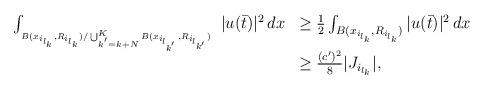
LaTeX: \begin{align*}\begin{array}{ll}\int_{_{B(x_{i_{l_{k}}}, R_{i_{l_k}}) / \bigcup_{k^{'}=k+N}^{K} B (x_{i_{l_{k^{'}}}} ,R_{i_{l_{k'}}}) } } \ |u(\bar{t})|^{2} \, dx & \geq \frac{1}{2} \int_{B(x_{i_{l_{k}}},R_{i_{l_k}})} |u(\bar{t})|^{2} \, dx \\& \geq \frac{(c')^{2}}{8} |J_{i_{l_k}}|,\end{array}\end{align*}